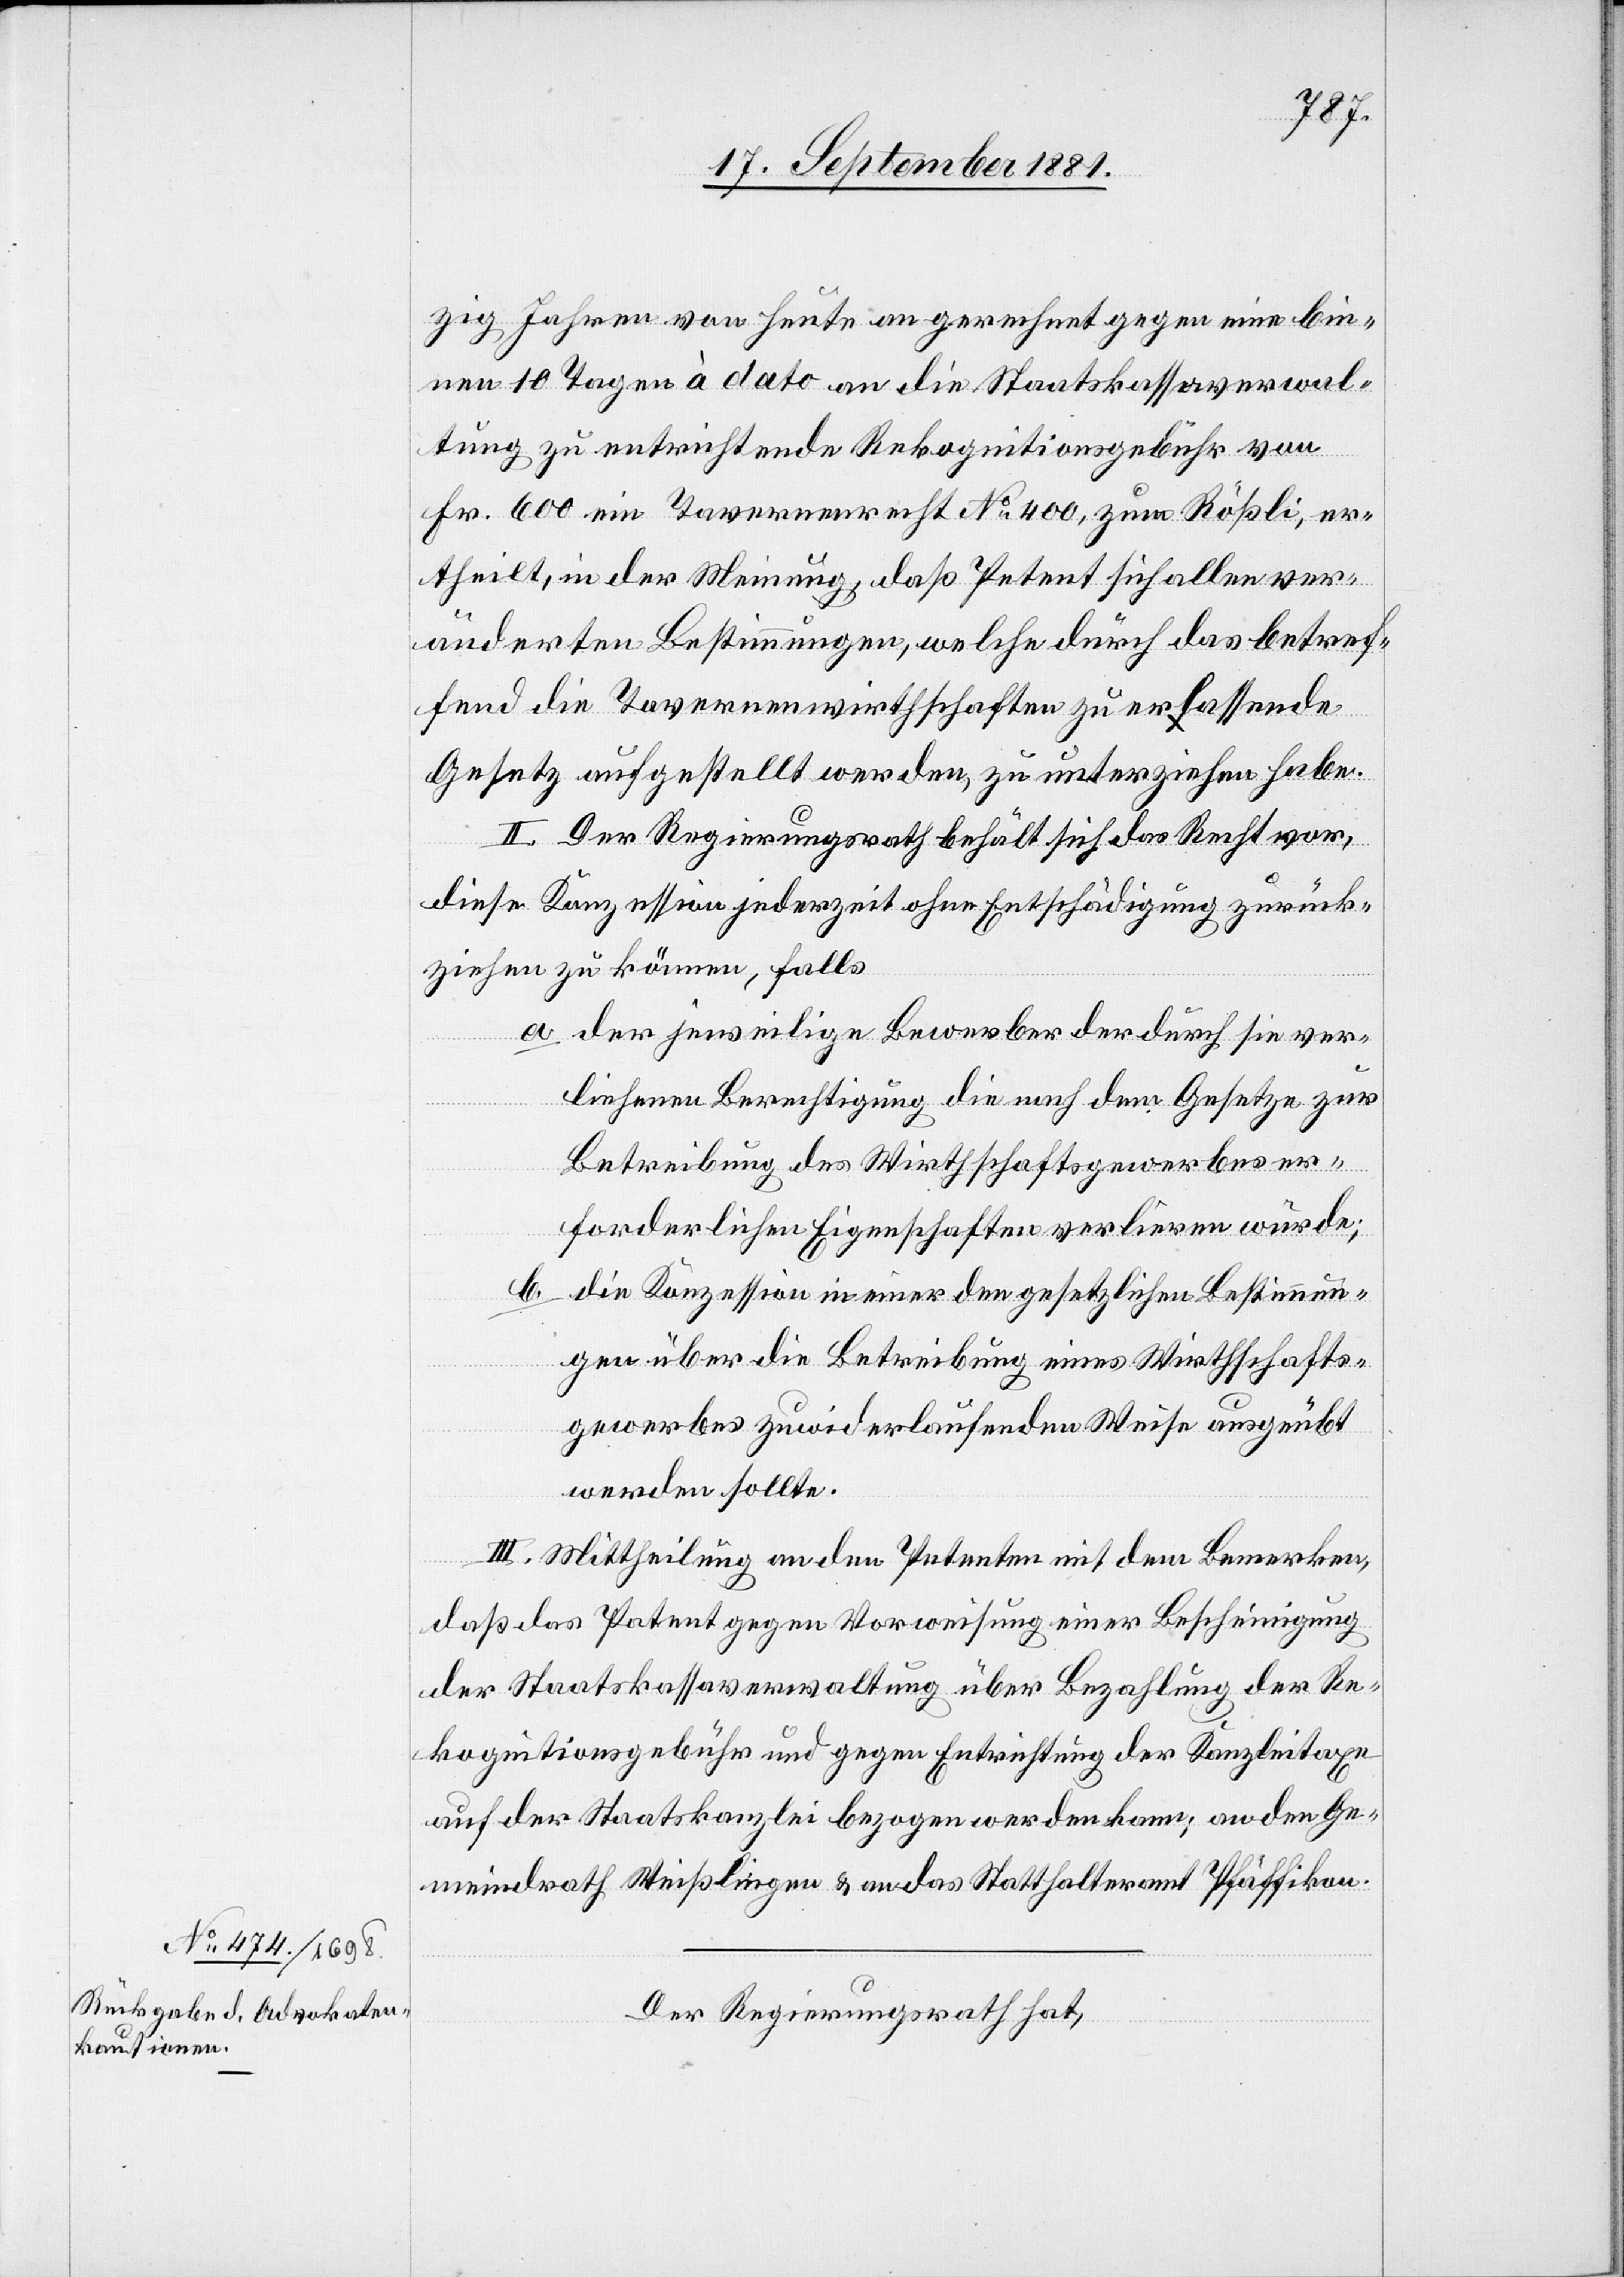
zig Jahren von heute an gerechnet gegen eine bin¬
nen 10 Tagen à dato an die Staatskassaverwal¬
tung zu entrichtende Rekognitionsgebühr von
Fr. 600 ein Tavernenrecht No 400, zum Rößli, er¬
theilt, in der Meinung , daß Petent sich allen ver¬
änderten Bestimmungen, welche durch das betref¬
fend die Tavernenwirthschaften zu erlassende
Gesetz aufgestellt werden, zu unterziehen habe.
II. Der Regierungsrath behält sich das Recht vor,
diese Konzession jederzeit ohne Entschädigung zurück¬
ziehen zu könne, falls
a der jeweilige Bewerber der durch sie ver¬
liehenen Berechtigung die nach dem Gesetze zu
Betreibung des Wirthschaftsgewerbes er¬
forderlichen Eigenschaften verlieren würde;
die Konzession in einer den gesetzlichen Bestimmun¬
gen über die Betreibung eines Wirthschafts¬
gewerbes zuwiderlaufenden Weise ausgeübt
werden sollte.
III. Mittheilung an den Petenten mit dem Bemerken,
das das Patent gegen Vorweisung einer Bescheinigung
der Staatskassaverwaltung über Bezahlung der Re¬
kognitionsgebühr und gegen Entrichtung der Kanzleitaxe
auf der Staatskanzlei bezogen werden kann; an den Ge¬
meindrath Weißlingen & an das Statthalteramt Pfäffikon.
Der Regierungsrath hat,